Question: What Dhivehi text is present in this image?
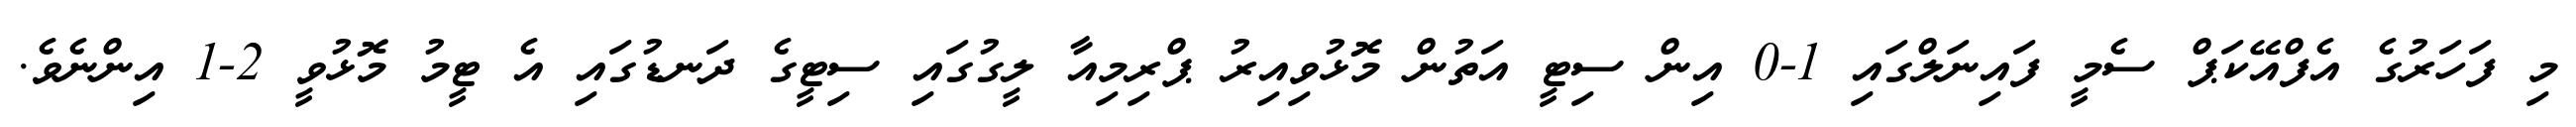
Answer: މި ފަހަރުގެ އެފްއޭކަޕް ސެމީ ފައިނަލްގައި 1-0 އިން ސިޓީ އަތުން މޮޅުވިއިރު ޕްރިމިއާ ލީގުގައި ސިޓީގެ ދަނޑުގައި އެ ޓީމު މޮޅުވީ 2-1 އިންނެވެ.